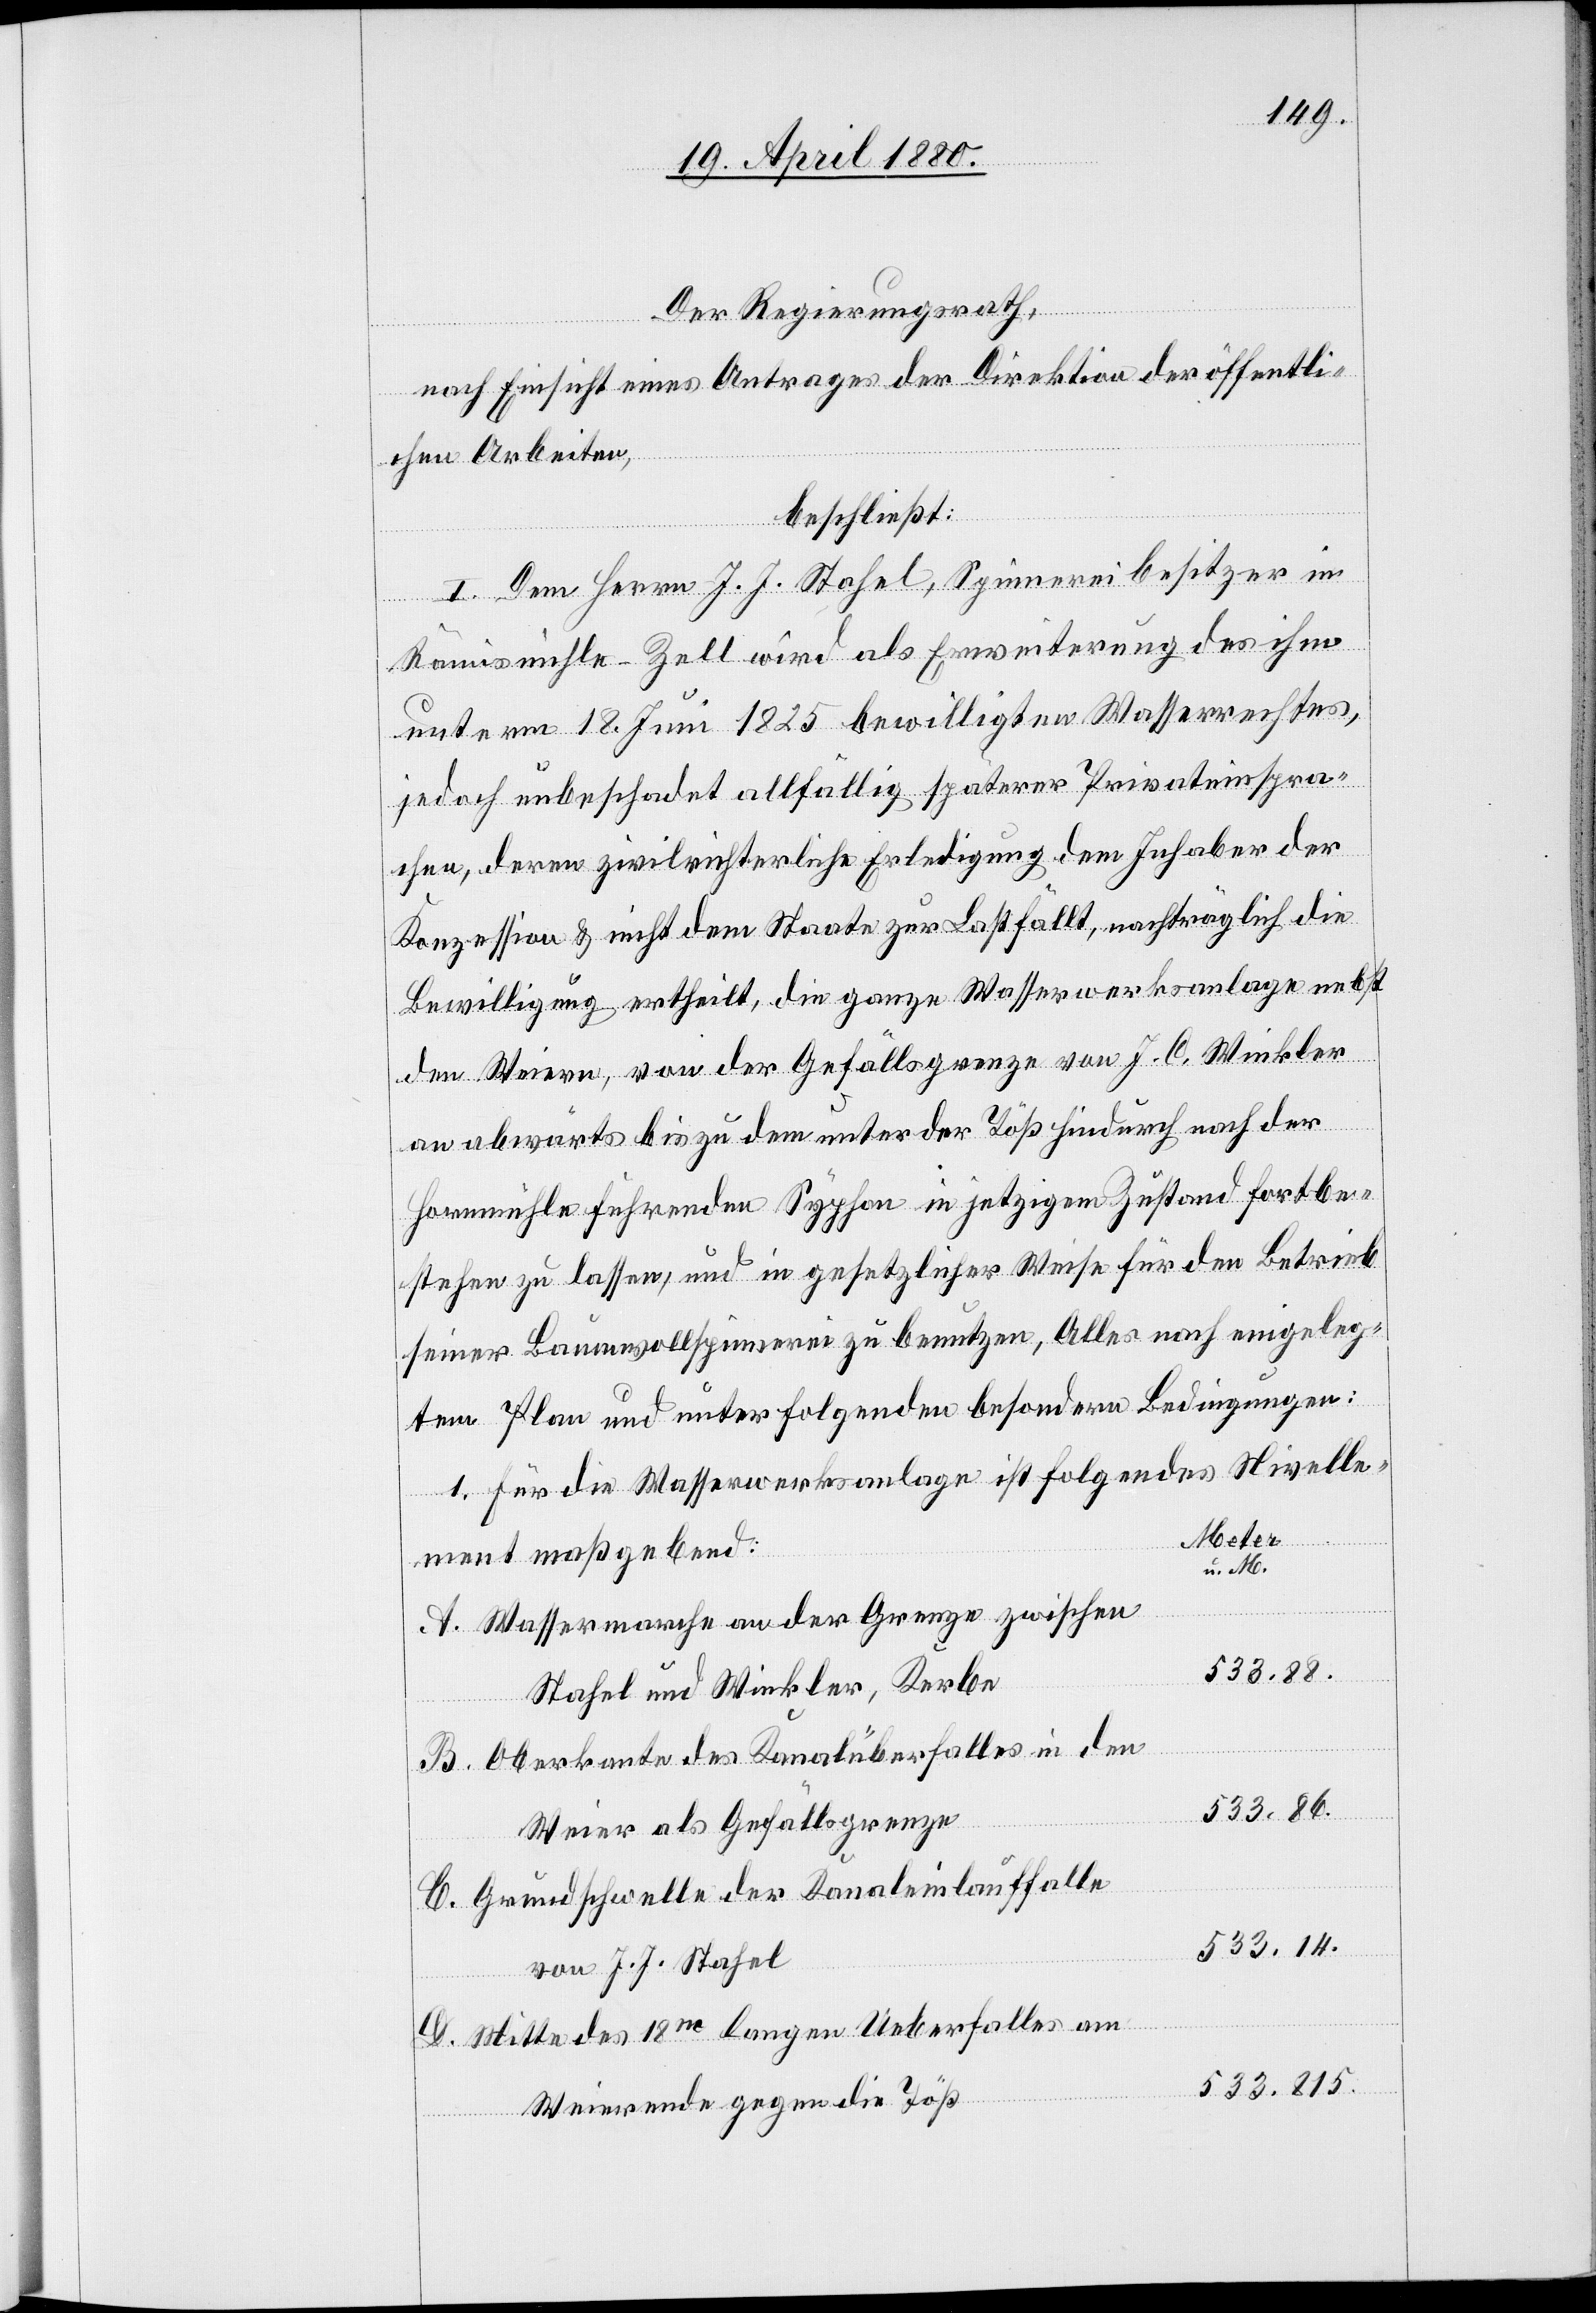
Der Regierungsrath,
nach Einsicht eines Antrages der Direktion der öffentli¬
chen Arbeiten,
beschließt:
I. Dem Herrn J. J. Stahel, Spinnereibesitzer in
Rämismühle - Zell wird als Erweiterung des ihm
unterm 18. Juni 1825 bewilligten Wasserrechtes,
jedoch unbeschadet allfällig späterer Privateinspra¬
chen, deren zivilrichterliche Erledigung dem Inhaber der
Konzession & nicht dem Staate zur Last fällt, nachträglich die
Bewilligung ertheilt, die ganze Wasserwerksanlage nebst
den Weiern, von der Gefällsgrenze von J. C. Winkler
C.
an abwärts bis zu dem unter der Töß hindurch nach der
Hornmühle führenden Syphon in jetzigem Zustand fortbe¬
stehen zu lassen, und in gesetzlicher Weise für den Betrieb
seiner Baumwollspinnerei zu benutzen, Alles nach eingeleg¬
tem Plan und unter folgenden besondern Bedingungen:
1. Für die Wasserwerksanlage ist folgendes Nivelle¬
Meter
ment maßgebend:
u. M.
Wassermarche an der Grenze zwischen
538.88.
Stahel und Winkler, Kerbe
Oberkante des Kanalüberfalles in den
533.86.
Weier als Gefällsgrenze
Grundschwelle der Kanaleinlauffalle
533.14.
D.
von J. J. Stahel
Mitte des 18m langen Ueberfalles am
533.815.
Weierende gegen die Töß